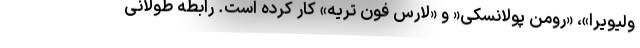
ولیویرا»، «رومن پولانسکی« و «لارس فون تریه» کار کرده است. رابطه طولانی